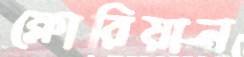
ফ্লোরিয়ান